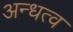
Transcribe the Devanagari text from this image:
अन्धत्व